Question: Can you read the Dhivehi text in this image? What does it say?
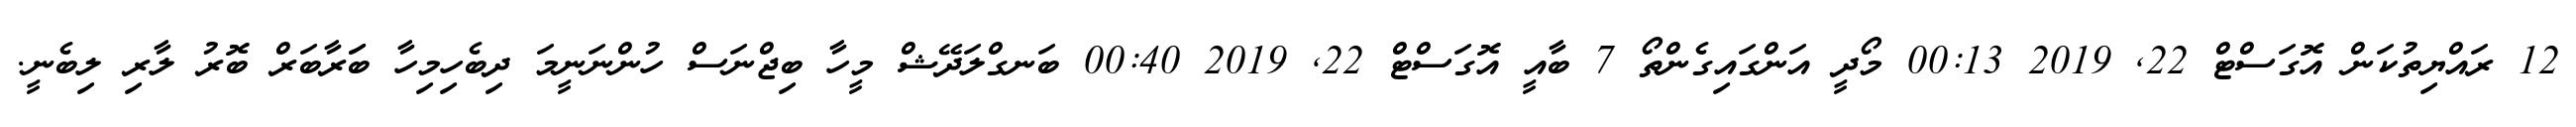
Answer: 12 ރައްޔިތުކަން އޮގަސްޓް 22, 2019 00:13 މޯދީ އަންގައިގެންތޯ 7 ބާއީ އޮގަސްޓް 22, 2019 00:40 ބަނގްލަދޭޝް މީހާ ބިޖްނަސް ހުންނަނީމަ ދިބެހިމިހާ ބަަރާބަރް ބޮރު ލާރި ލިބެނީ.